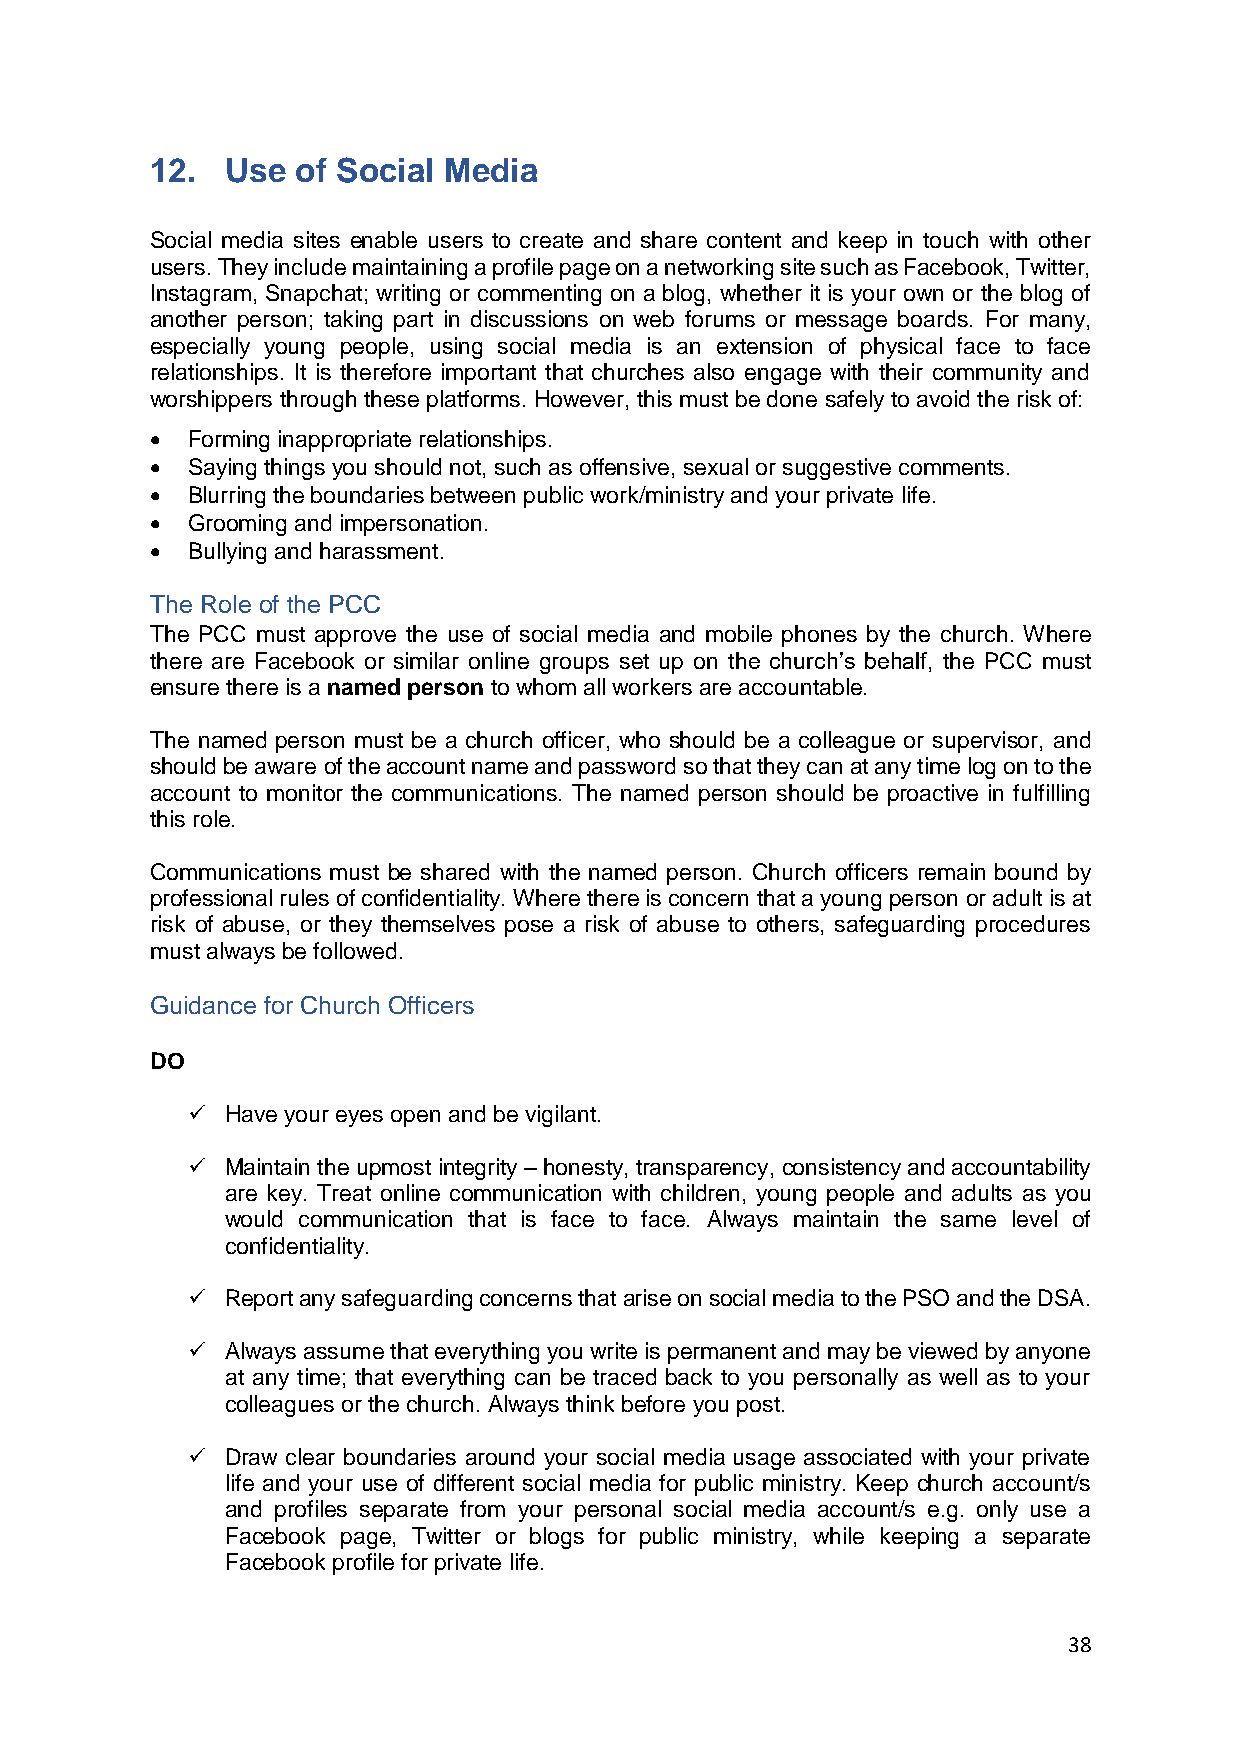
12.  Use  of Social Media
 Social media sites enable users to create and share content and keep in touch with other
 users. They include maintaining a profile page on a networking site such as Facebook, Twitter,
 Instagram, Snapchat; writing or commenting on a blog, whether it is your own or the blog of
 another person; taking part in discussions on web forums or message boards. For many,
 especially young people, using social media is an extension of physical face to face
 relationships. It is therefore important that churches also engage with their community and
 worshippers through these platforms. However, this must be done safely to avoid the risk of:
 • Forming inappropriate relationships.
 • Saying things you should not, such as offensive, sexual or suggestive comments.
 • Blurring the boundaries between public work/ministry and your private life.
 • Grooming and impersonation.
 • Bullying and harassment.
 The Role of the PCC
 The PCC must approve the use of social media and mobile phones by the church. Where
 there are Facebook or similar online groups set up on the church’s behalf, the PCC must
 ensure there is a named person to whom all workers are accountable.
 The named person must be a church officer, who should be a colleague or supervisor, and
 should be aware of the account name and password so that they can at any time log on to the
 account to monitor the communications. The named person should be proactive in fulfilling
 this role.
 Communications must be shared with the named person. Church officers remain bound by
 professional rules of confidentiality. Where there is concern that a young person or adult is at
 risk of abuse, or they themselves pose a risk of abuse to others, safeguarding procedures
 must always be followed.
 Guidance for Church Officers
 DO
 ✓  Have your eyes open and be vigilant.
 ✓  Maintain the upmost integrity – honesty, transparency, consistency and accountability
 are key. Treat online communication with children, young people and adults as you
 would communication that is face to face. Always maintain the same level of
 confidentiality.
 ✓  Report any safeguarding concerns that arise on social media to the PSO and the DSA.
 ✓  Always assume that everything you write is permanent and may be viewed by anyone
 at any time; that everything can be traced back to you personally as well as to your
 colleagues or the church. Always think before you post.
 ✓  Draw clear boundaries around your social media usage associated with your private
 life and your use of different social media for public ministry. Keep church account/s
 and profiles separate from your personal social media account/s e.g. only use a
 Facebook page, Twitter or blogs for public ministry, while keeping a separate
 Facebook profile for private life.
 38